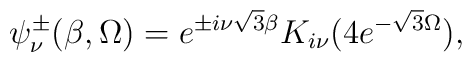
\psi_\nu^\pm(\beta,\Omega)= e^{\pm i\nu \sqrt{3} \beta} K_{i\nu}(4 e^{-\sqrt{3} \Omega}),